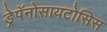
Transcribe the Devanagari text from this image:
ड्रेपॅनोसायटोसिस